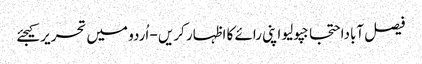
فیصل آباداحتجاجپولیو اپنی رائے کا اظہار کریں - اُردو میں تحریر کیجئے